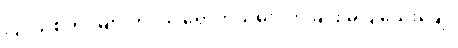
ပြင်သစ်တပ်များက ဝင် ရောက်သိမ်းပိုက်ခြင်း မပြုသေးချေ။